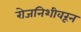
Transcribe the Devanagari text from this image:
रोजनिशीवरून